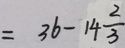
= 3 6 - 1 4 \frac { 2 } { 3 }